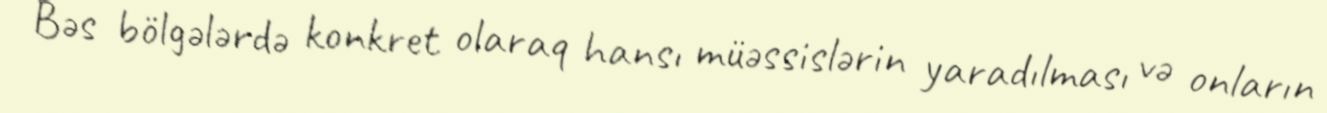
Bəs bölgələrdə konkret olaraq hansı müəssislərin yaradılması və onların